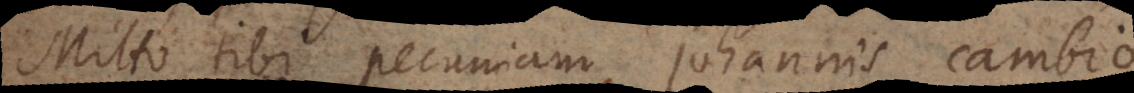
Mitto tibi pecuniam Johannis cambio.